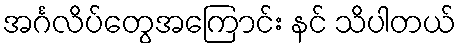
အင်္ဂလိပ်တွေအကြောင်း နင် သိပါတယ်